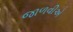
જાળવીએ